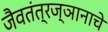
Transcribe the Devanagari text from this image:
जैवतंत्रज्ञानाचे